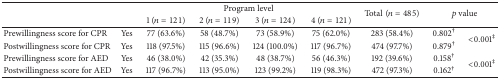
<table><thead><tr><td><b> </b></td><td><b> </b></td><td colspan="4"><b>Program level</b></td><td rowspan="2"><b>Total(<i>n</i> = 485)</b></td><td rowspan="2" colspan="2"><b><i>p</i> value</b></td></tr><tr><td><b> </b></td><td><b> </b></td><td><b>1 (<i>n</i> = 121)</b></td><td><b>2 (<i>n</i> = 119)</b></td><td><b>3 (<i>n</i> = 124)</b></td><td><b>4 (<i>n</i> = 121)</b></td></tr></thead><tbody><tr><td>Prewillingness score for CPR</td><td>Yes</td><td>77 (63.6%)</td><td>58 (48.7%)</td><td>73 (58.9%)</td><td>75 (62.0%)</td><td>283 (58.4%)</td><td>0.802<sup>†</sup></td><td rowspan="2">&lt;0.001<sup>‡</sup></td></tr><tr><td>Postwillingness score for CPR</td><td>Yes</td><td>118 (97.5%)</td><td>115 (96.6%)</td><td>124 (100.0%)</td><td>117 (96.7%)</td><td>474 (97.7%)</td><td>0.879<sup>†</sup></td></tr><tr><td>Prewillingness score for AED </td><td>Yes</td><td>46 (38.0%)</td><td>42 (35.3%)</td><td>48 (38.7%)</td><td>56 (46.3%)</td><td>192 (39.6%)</td><td>0.158<sup>†</sup></td><td rowspan="2">&lt;0.001<sup>‡</sup></td></tr><tr><td>Postwillingness score for AED</td><td>Yes</td><td>117 (96.7%)</td><td>113 (95.0%)</td><td>123 (99.2%)</td><td>119 (98.3%)</td><td>472 (97.3%)</td><td>0.162<sup>†</sup></td></tr></tbody></table>